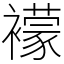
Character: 䙩